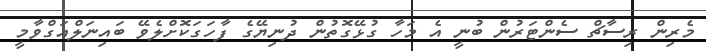
މެރިން ރިސާޗް ސެންޓަރުން ބުނީ އެ މަހާ ގުޅޭގޮތުން ދުނިޔޭގެ ފާހަގަކޮށްލެވޭ ބައިނަލްއަގްވާމީ